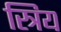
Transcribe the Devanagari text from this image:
स्त्रिय